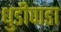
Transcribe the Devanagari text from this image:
धुडीपाडा